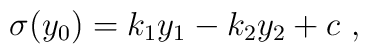
\sigma (y_0) = k_1 y_1 - k_2 y_2 + c ~,~\,